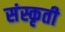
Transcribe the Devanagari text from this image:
संस्कृती